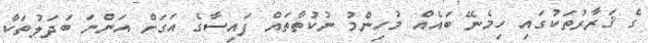
ގެ ޤަރާރުތަކުގައި ހިމެނޭ ބައެއް މުހިންމު ނުކުތާތައް ފައިސާގެ އަގަށް އަންނަ ބަދަލުތަކާ